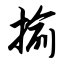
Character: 揄